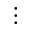
\vdots